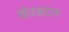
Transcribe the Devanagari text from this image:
फ़ेरबदल